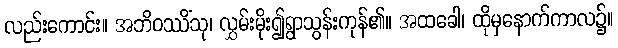
လည်းကောင်း။ အဘိဝဿိံသု၊ လွှမ်းမိုး၍ရွာသွန်းကုန်၏။ အထခေါ၊ ထိုမှနောက်ကာလ၌။